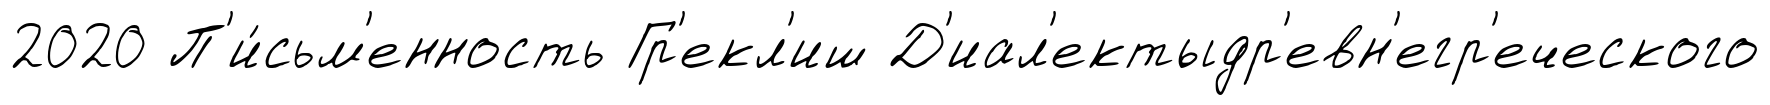
2020 П'и́сьм'енность Гр'екл'иш Д'иал'ектыдр'евн'егр'еческого